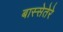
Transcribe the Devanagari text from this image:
बास्सेतेरे